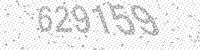
Solution: 629159